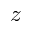
z